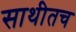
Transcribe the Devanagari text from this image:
साथीतच